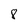
Character: 8